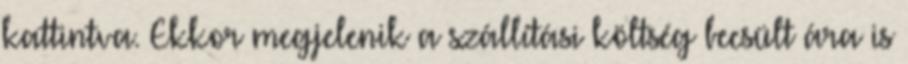
kattintva. Ekkor megjelenik a szállítási költség becsült ára is